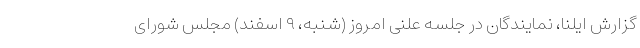
گزارش ایلنا، نمایندگان در جلسه علنی امروز (شنبه، ۹ اسفند) مجلس شورای